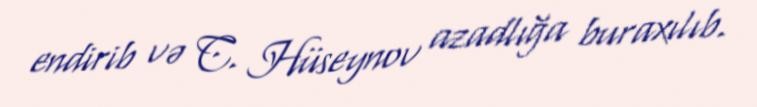
endirib və C. Hüseynov azadlığa buraxılıb.